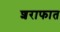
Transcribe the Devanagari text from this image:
शराफात